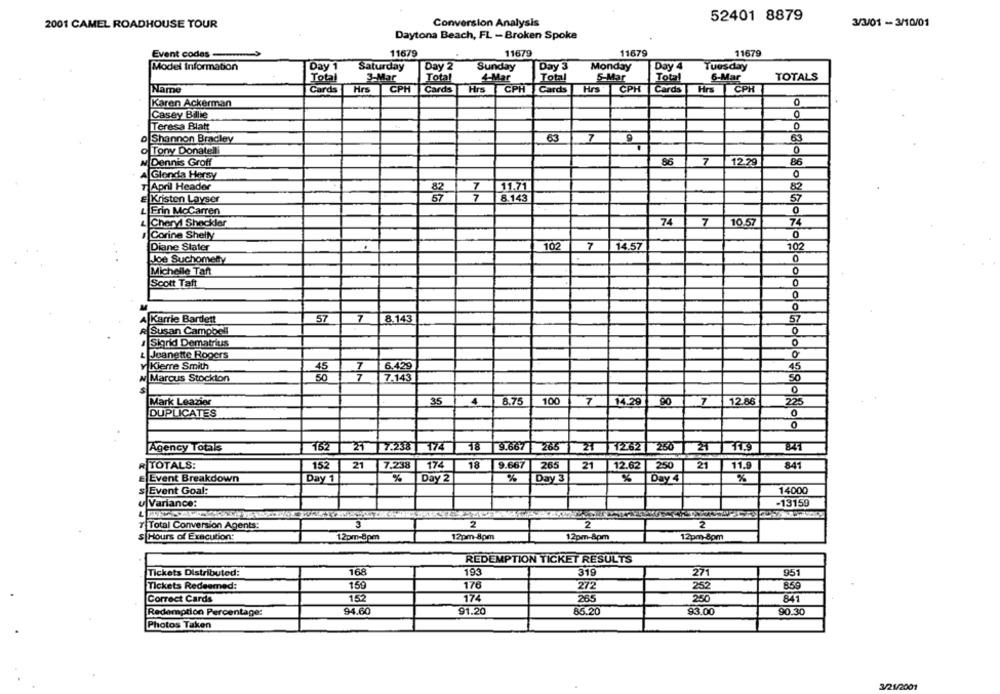
52401 8879
2001 CAMEL ROADHOUSE TOUR
Conversion Analysis
3/3/01 - 3/10/01
Daytona Beach, FL - Broken Spoke
Event codes -
11679
11679
11679
11679
Model Information
Day 1
Saturday
Day 2
Sunday
Day 3
Monday
Day 4
Tuesday
Total
3-Mar
Total
4-Mar
Total
5-Mar
Total
6-Mar
TOTALS
Name
Cards
Hrs
CPH Cards
Hrs CPH Cards
Hrs
CPH Cards Hrs CPH
Karen Ackerman
Casey Billie
0
Teresa Blatt
0
63
7
9
63
o Shannon Bradley
Tony Donatelli
0
w Dennis Groff
86
7
12.79
86
0
AGlenda Hersy
7 April Header
11.71
82
E Kristen Layser
8.143
57
Erin McCarren
0
74
7
10.57
74
Cheryl Sheckler
ICorine Shelly
Diane Stater
102
7
14.57
102
Joe Suchomely
0
O
Michelle Taft
Scott Taft
0
57
7
8.143
57
Karrie Bardett
R Susan Campbell
0
# Sigrid Dematrius
0
0
Jeanette Rogers
Kierre Smith
7
6.429
45
w Marcus Stockton
50
7-143
0
Mark Leazier
35
4
8.75
100
7
14.29
90
7
12.86
223
DUPLICATES
0
0
Agency Totals
152 21 7.238 174
18
9.667
265
21 1262
250
T
11.9
152
21
7.238
174
18
9.667
265
12.62
250
21
11.9
841
R TOTALS:
21
E Event Breakdown
Day 1
%
Day 2
%
Day 3
%
Day 4
%
s Event Goal:
14000
u Variance:
-13159
Total Conversion Agents:
3
2
2
2
s Hours of Execution:
12pm-8pm
12pm-8pm
12pm-8pm
12pm-8pm
REDEMPTION TICKET RESULTS
Tickets Distributed:
168
193
319
271
951
Tickets Redeemed:
159
176
272
252
15
174
250
Correct Cards
265
841
94.60
91.20
85.20
93.00
90.30
Redemption Percentage:
Photos Taken
3/21/2001